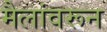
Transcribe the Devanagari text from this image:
मैलांवरून